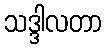
သဒ္ဒါလတာ